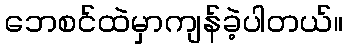
ဘေစင်ထဲမှာကျန်ခဲ့ပါတယ်။